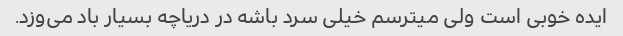
ایده خوبی است ولی میترسم خیلی سرد باشه در دریاچه بسیار باد می‌وزد.